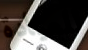
للعيادة